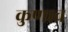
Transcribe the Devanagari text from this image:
कुणाच